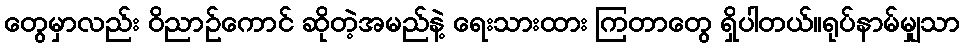
တွေမှာလည်း ဝိညာဉ်ကောင် ဆိုတဲ့အမည်နဲ့ ရေးသားထား ကြတာတွေ ရှိပါတယ်။ရုပ်နာမ်မျှသာ